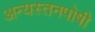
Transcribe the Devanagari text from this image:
अन्यस्तनपोषी